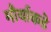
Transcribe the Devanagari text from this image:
मौर्याकडे